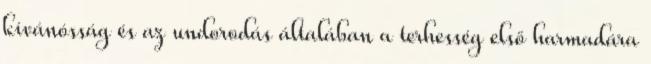
kívánósság és az undorodás általában a terhesség első harmadára